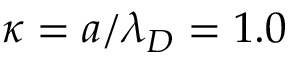
{ \kappa } = { a } / { \lambda _ { D } } = 1 . 0